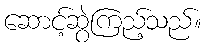
ဆောင့်ဆွဲကြည့်သည်။